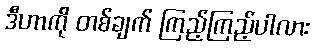
ဒီဟာကို တစ်ချက် ကြည့်ကြည့်ပါလား